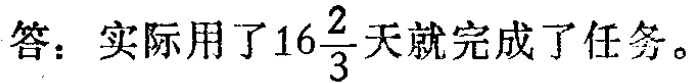
答：实际用了\(16\frac{2}{3}\)天就完成了任务。